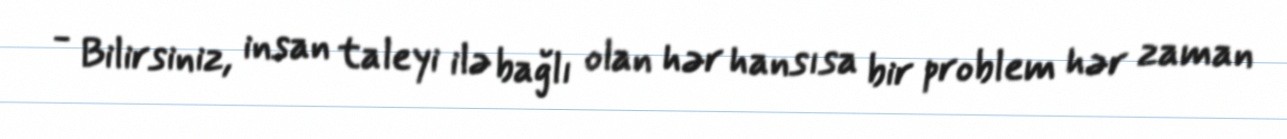
- Bilirsiniz, insan taleyi ilə bağlı olan hər hansısa bir problem hər zaman